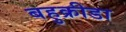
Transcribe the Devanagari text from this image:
बहुक्रीडा